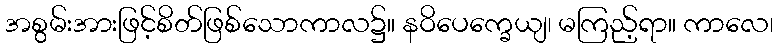
အစွမ်းအားဖြင့်စိတ်ဖြစ်သောကာလ၌။ နဝိပေက္ခေယျ၊ မကြည့်ရာ။ ကာလေ၊